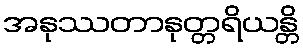
အနုဿတာနုတ္တရိယန္တိ